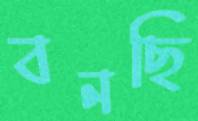
বনছি